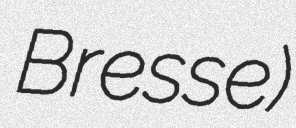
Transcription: Bresse)